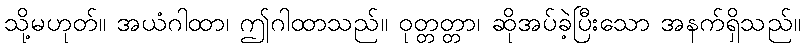
သို့မဟုတ်။ အယံဂါထာ၊ ဤဂါထာသည်။ ဝုတ္တတ္တာ၊ ဆိုအပ်ခဲ့ပြီးသော အနက်ရှိသည်။